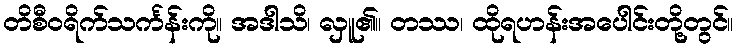
တိစီဝရိက်သင်္ကန်းကို။ အဒါသိ၊ လှူ၏။ တဿ၊ ထိုရဟန်းအပေါင်းတို့တွင်။